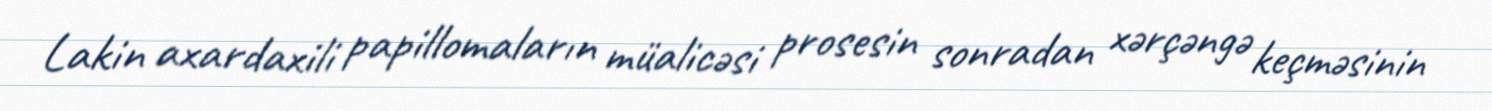
Lakin axardaxili papillomaların müalicəsi prosesin sonradan xərçəngə keçməsinin